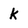
Character: k